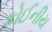
કોઈનીય